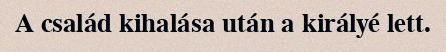
A család kihalása után a királyé lett.